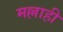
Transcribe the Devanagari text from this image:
मल्लाही